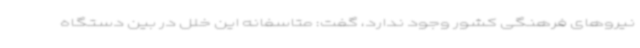
نیروهای فرهنگی کشور وجود ندارد، گفت: متاسفانه این خلل در بین دستگاه